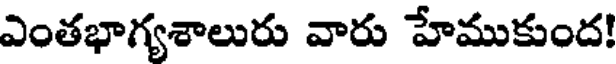
ఎంతభాగ్యశాలురు వారు హేముకుంద!